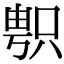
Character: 𠷓